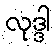
လုဒ္ဒါ